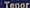
Tenor